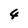
Character: 4